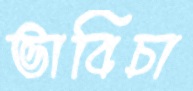
ভাবিচা